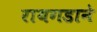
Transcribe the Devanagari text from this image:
रायगडाने